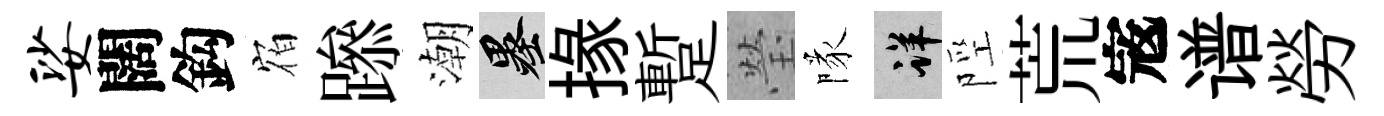
娑闊鈎𪧐𨅶潮墨掾蹔瑩隊详陘荒𡨥谱勞